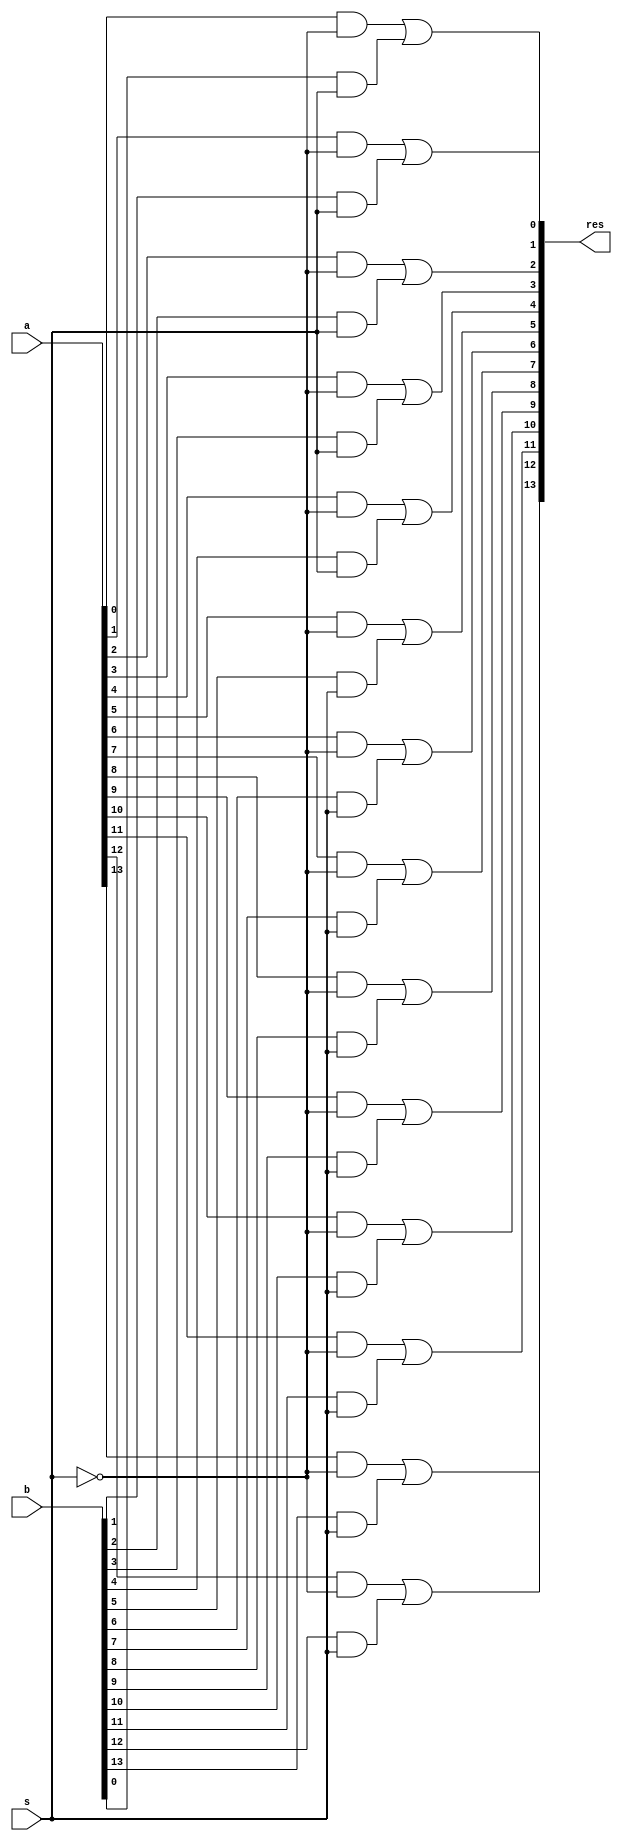
module mux_14_2_1(a, b, s, res);

	input[13:0] a,b;
	input s;
	output[13:0] res;
	wire s_not;
	wire[13:0] a1, a2;
	
	and(a2[0], b[0], s);
	and(a2[1], b[1], s);
	and(a2[2], b[2], s);
	and(a2[3], b[3], s);
	and(a2[4], b[4], s);
	and(a2[5], b[5], s);
	and(a2[6], b[6], s);
	and(a2[7], b[7], s);
	and(a2[8], b[8], s);
	and(a2[9], b[9], s);
	and(a2[10], b[10], s);
	and(a2[11], b[11], s);
	and(a2[12], b[12], s);
	and(a2[13], b[13], s);
	
	not(s_not,s);
	
	and(a1[0], a[0], s_not);
	and(a1[1], a[1], s_not);
	and(a1[2], a[2], s_not);
	and(a1[3], a[3], s_not);
	and(a1[4], a[4], s_not);
	and(a1[5], a[5], s_not);
	and(a1[6], a[6], s_not);
	and(a1[7], a[7], s_not);
	and(a1[8], a[8], s_not);
	and(a1[9], a[9], s_not);
	and(a1[10], a[10], s_not);
	and(a1[11], a[11], s_not);
	and(a1[12], a[12], s_not);
	and(a1[13], a[13], s_not);
	
	or(res[0],  a1[0], a2[0]);
	or(res[1],  a1[1], a2[1]);
	or(res[2],  a1[2], a2[2]);
	or(res[3],  a1[3], a2[3]);
	or(res[4],  a1[4], a2[4]);
	or(res[5],  a1[5], a2[5]);
	or(res[6],  a1[6], a2[6]);
	or(res[7],  a1[7], a2[7]);
	or(res[8],  a1[8], a2[8]);
	or(res[9],  a1[9], a2[9]);
	or(res[10], a1[10], a2[10]);
	or(res[11], a1[11], a2[11]);
	or(res[12], a1[12], a2[12]);
	or(res[13], a1[13], a2[13]);
	
endmodule